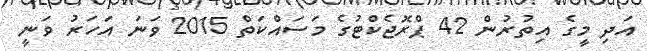
އަދި މީގެ އިތުރުން 42 ޕްރޮޖެކްޓުގެ މަސައްކަތް 2015 ވަނަ އަހަރު ވަނީ